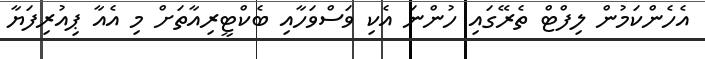
އެހެންކަމުން ލިފްޓް ތެރޭގައި ހުންނަ އެކި ވަސްވަހާއި ބެކްޓީރިއާތަށް މި އެއާ ޕިއުރިފަޔާ